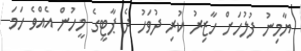
ޔާމިނު ފުލުހަށް ހާޒިރު ކުރި ދުވަހު ދެ ޕާޓީގެ މީހުން އެއްވެ ހަމަ